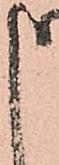
申